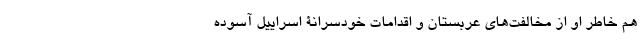
هم خاطر او از مخالفت‌های عربستان و اقدامات خودسرانۀ اسراییل آسوده